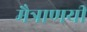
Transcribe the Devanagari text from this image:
मैत्राणयी